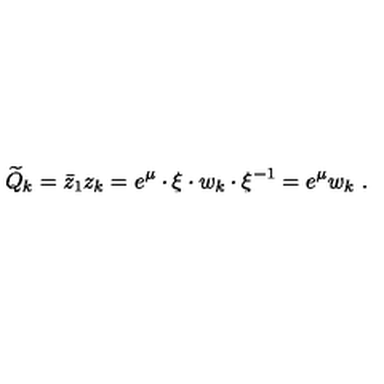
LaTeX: \widetilde Q _ { k } = { \bar { z } _ { 1 } } z _ { k } = e ^ { \mu } \cdot \xi \cdot w _ { k } \cdot \xi ^ { - 1 } = e ^ { \mu } w _ { k } \ .